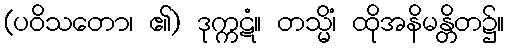
(ပဝိသတော၊ ၏) ဒုက္ကဋံ။ တသ္မိံ၊ ထိုအနိမန္တိတ၌။